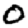
Digit: 0